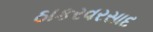
ઠાકરવરસાદ